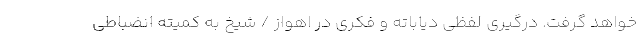
خواهد گرفت. درگیری لفظی دیاباته و فکری در اهواز / شیخ به کمیته انضباطی